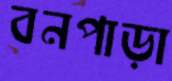
বনপাড়া